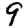
Digit: 9